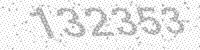
Solution: 132353